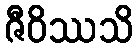
ဇီဝိဿသိ